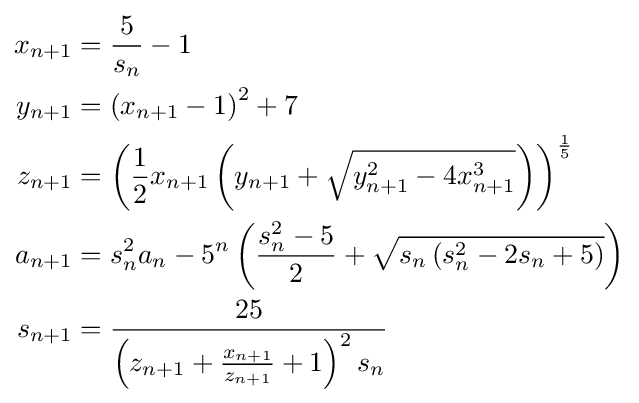
{\begin{aligned}x_{n+1}&={\frac {5}{s_{n}}}-1\\y_{n+1}&=\left(x_{n+1}-1\right)^{2}+7\\z_{n+1}&=\left({\frac {1}{2}}x_{n+1}\left(y_{n+1}+{\sqrt {y_{n+1}^{2}-4x_{n+1}^{3}}}\right)\right)^{\frac {1}{5}}\\a_{n+1}&=s_{n}^{2}a_{n}-5^{n}\left({\frac {s_{n}^{2}-5}{2}}+{\sqrt {s_{n}\left(s_{n}^{2}-2s_{n}+5\right)}}\right)\\s_{n+1}&={\frac {25}{\left(z_{n+1}+{\frac {x_{n+1}}{z_{n+1}}}+1\right)^{2}s_{n}}}\end{aligned}}